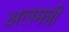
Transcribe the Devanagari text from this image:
अलमन्नी